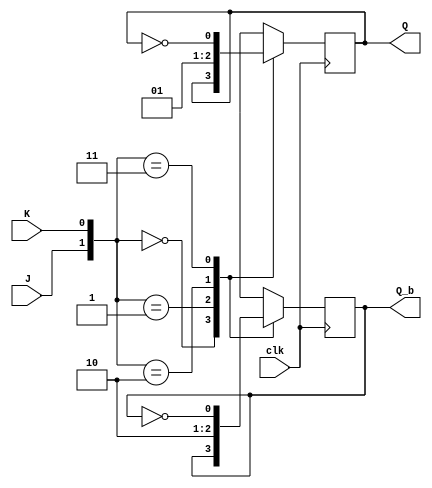
// jk flipflop

module JK_flip_flop(output reg Q, Q_b, input J, K, clk);
	always @(posedge clk)
		case({J,K})
			2'b00: begin Q<=Q; Q_b<=Q_b; end
			2'b01: begin Q<=0; Q_b<=1; end
			2'b10: begin Q<=1; Q_b<=0; end
			2'b11: begin Q<=!Q; Q_b<=!Q_b; end
		endcase
endmodule

// test bench code

module test_JK_flip_flop();
	wire Q,Q_b;
	reg J,K,clk;
	JK_flip_flop G(Q,Q_b,J,K,clk);
	initial
		begin
		J=0;K=1;clk=0;
		#100 clk=1;
		#100 clk=0;J=0;K=0;
       	        #100 J=1;K=1;
		#100 clk=1;J=1;K=0;
		#100 clk=0;
		#100 J=1;K=1;
		#100 clk=1;
		#100 clk=1;J=0;K=1;
		#100 clk=1;J=1;K=1;
	end
endmodule